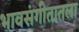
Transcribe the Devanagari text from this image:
भावसंगीतातला